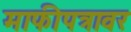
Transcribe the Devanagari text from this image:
माफीपत्रावर